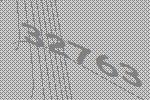
32763